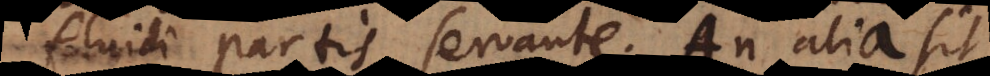
fluidi partis servante. An alia sit